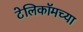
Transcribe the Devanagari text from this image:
टेलिकॉमच्या